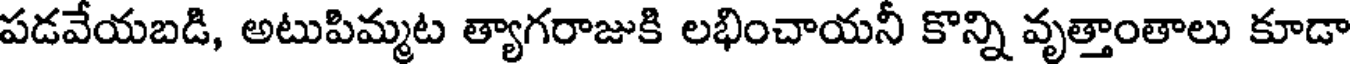
పడవేయబడి, అటుపిమ్మట త్యాగరాజుకి లభించాయనీ కొన్ని వృత్తాంతాలు కూడా